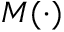
M ( \cdot )